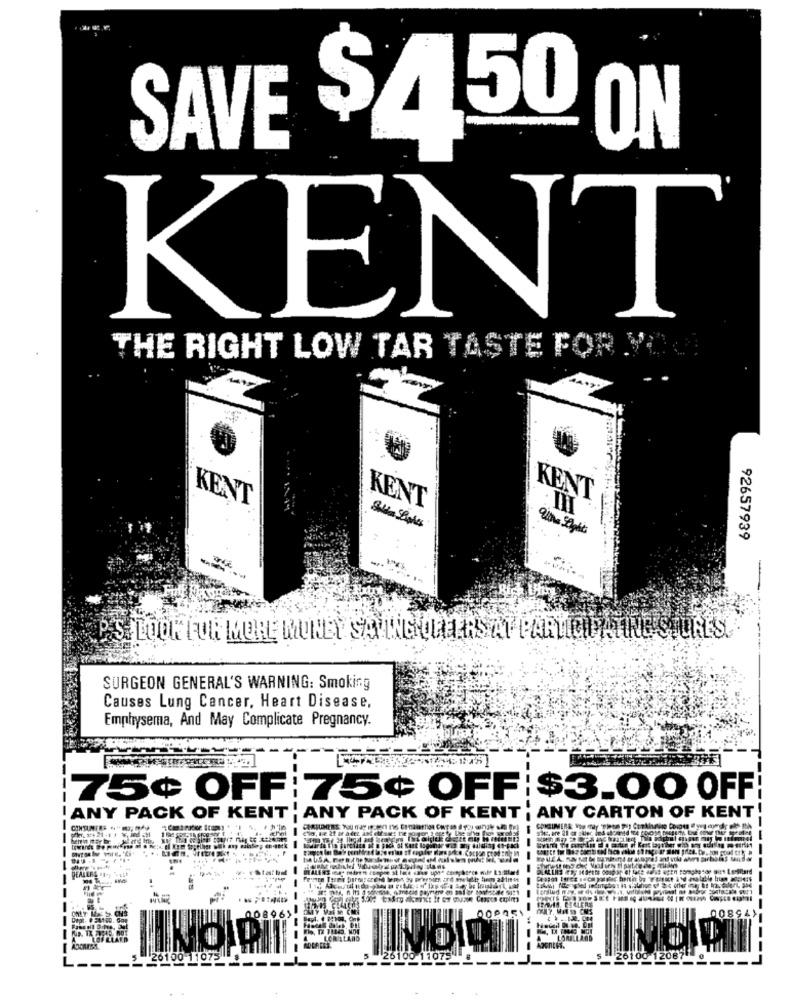
SAVE $4,50 ON
KENT
THE RIGHT LOW TAR TASTE FOR VOR
KENT
KENT
KENT
92657939
PS. LOOK FOR MORE MONEY SAVING URA RSAT PARTICIPATINESTURES.
SURGEON GENERAL'S WARNING: Smoking
Causes Lung Cancer, Heart Disease,
Emphysema, And May Complicate Pregnancy.
==
75¢ OFF:75¢ OFF: $3.00 OFF
ANY CARTON OF KENT
! ANY PACK OF KENT . ANY PACK OF KENT
CONSUMERS -
--
-----
124 BEALERE
MY Vai M C
00945
208063
..
00894>
INOID 8 -
L.
$ _ 26100 120071
26100 110722 --------- 26100 11075